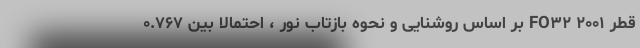
قطر ۲۰۰۱ FO۳۲ بر اساس روشنایی و نحوه بازتاب نور ، احتمالاً بین ۰.۷۶۷